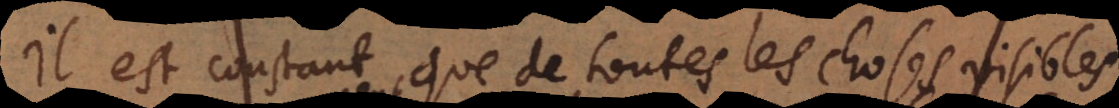
Il est constant que de toutes les choses visibles